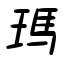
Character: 瑪